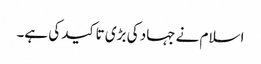
اسلام نے جہاد کی بڑی تاکید کی ہے۔